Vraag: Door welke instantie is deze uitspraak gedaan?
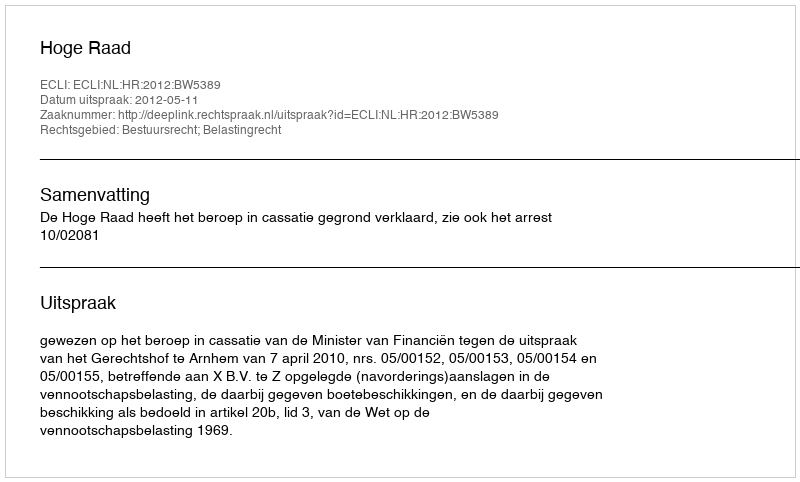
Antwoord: Hoge Raad